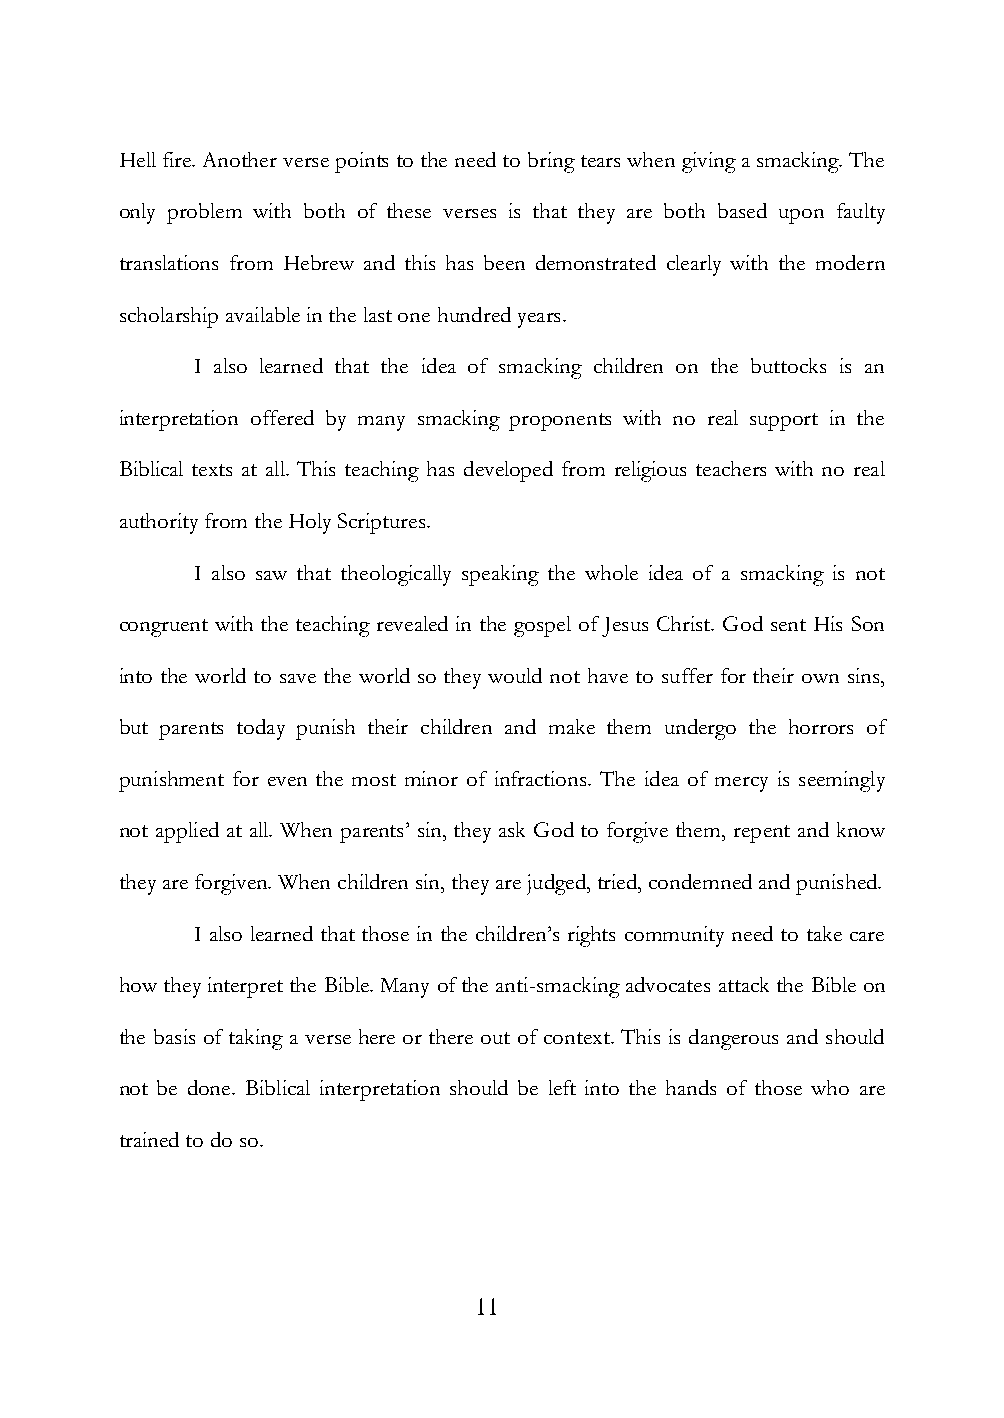
Hell fire. Another verse points to the need to bring tears when giving a smacking. The
 only problem with both of these verses is that they are both based upon faulty
 translations from Hebrew and this has been demonstrated clearly with the modern
 scholarship available in the last one hundred years.
 I also learned that the idea of smacking children on the buttocks is an
 interpretation offered by many smacking proponents with no real support in the
 Biblical texts at all. This teaching has developed from religious teachers with no real
 authority from the Holy Scriptures.
 I also saw that theologically speaking the whole idea of a smacking is not
 congruent with the teaching revealed in the gospel of Jesus Christ. God sent His Son
 into the world to save the world so they would not have to suffer for their own sins,
 but parents today punish their children and make them undergo the horrors of
 punishment for even the most minor of infractions. The idea of mercy is seemingly
 not applied at all. When parents‟ sin, they ask God to forgive them, repent and know
 they are forgiven. When children sin, they are judged, tried, condemned and punished.
 I also learned that those in the children‟s rights community need to take care
 how they interpret the Bible. Many of the anti-smacking advocates attack the Bible on
 the basis of taking a verse here or there out of context. This is dangerous and should
 not be done. Biblical interpretation should be left into the hands of those who are
 trained to do so.
 11